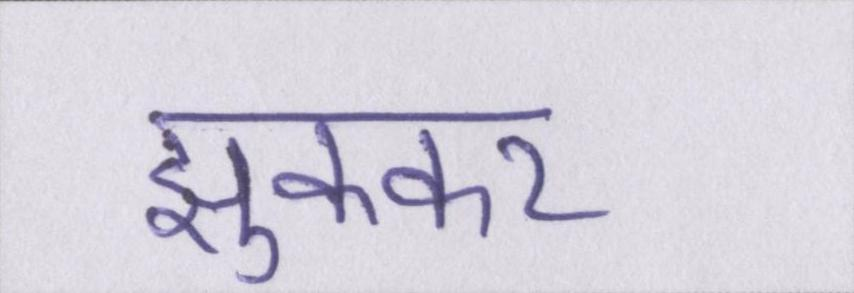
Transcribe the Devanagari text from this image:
झुककर